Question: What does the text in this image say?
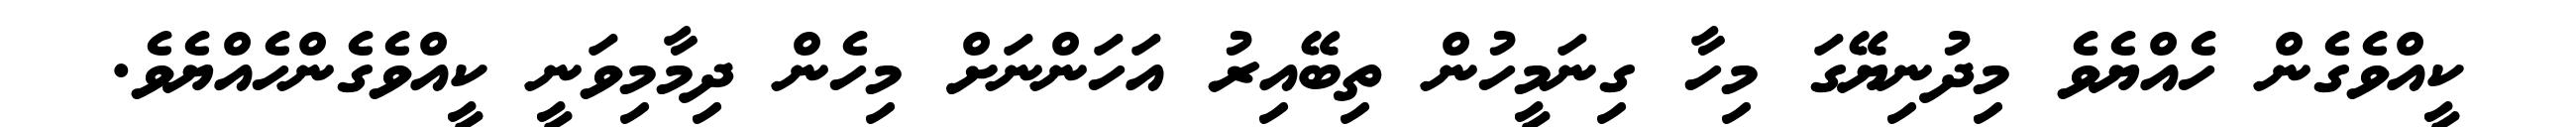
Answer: ކީއްވެގެން ހެއްޔެވެ މިދުނިޔޭގަ މިހާ ގިނަމީހުން ތިބޭއިރު އަހަންނަށް މިހެން ދިމާމިވަނީ ކީއްވެގެންހެއްޔެވެ.